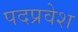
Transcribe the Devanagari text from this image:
पदप्रवेश